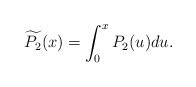
LaTeX: \begin{align*}\widetilde{P_2}(x) = \int_0^x P_2(u) du.\end{align*}